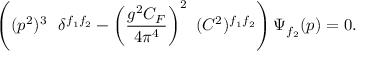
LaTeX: \left( ( p ^ { 2 } ) ^ { 3 } \ \ \delta ^ { f _ { 1 } f _ { 2 } } - \left( \frac { g ^ { 2 } C _ { F } } { 4 \pi ^ { 4 } } \right) ^ { 2 } \ ( C ^ { 2 } ) ^ { f _ { 1 } f _ { 2 } } \right) \Psi _ { f _ { 2 } } ( p ) = 0 .